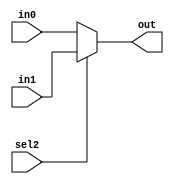
module smallmux(input sel2,
	input [3:0] in0, in1,
	output reg [3:0] out
    );
always@(*) begin 
	if(sel2) out=in1; 
	else out=in0;
end
endmodule